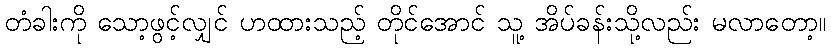
တံခါးကို သော့ဖွင့်လျှင် ဟထားသည့် တိုင်အောင် သူ့ အိပ်ခန်းသို့လည်း မလာတော့။